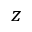
z